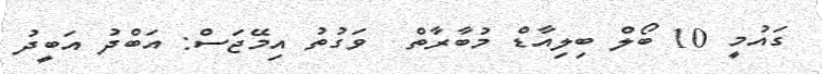
ގައުމީ 10 ބޯލް ބިލިއާޑް މުބާރާތް  ވަގުތު އިމޭޖަސް: އަބްދު އަބީދު